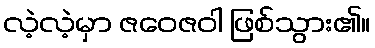
လဲ့လဲ့မှာ ဇဝေဇဝါ ဖြစ်သွား၏။